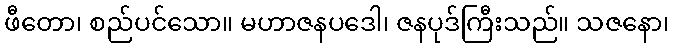
ဖီတော၊ စည်ပင်သော။ မဟာဇနပဒေါ၊ ဇနပုဒ်ကြီးသည်။ သဇနော၊